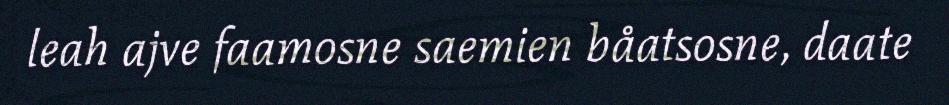
leah ajve faamosne saemien båatsosne, daate